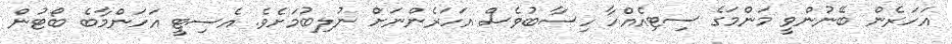
އަހަރެން ބޭނުންވީ މަންމަގެ ސިޓިއެއްހާ ހިސާބުވެސް އަހަރެންނަށް ނުލިބުމަށެވެ. އެސިޓީ އަހަންމާބެ ބޯޓުން